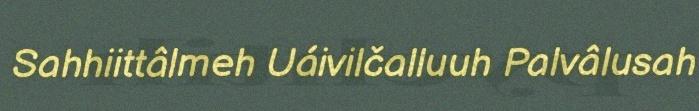
Sahhiittâlmeh Uáivilčalluuh Palvâlusah